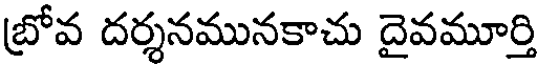
బ్రోవ దర్శనమునకాచు దైవమూర్తి